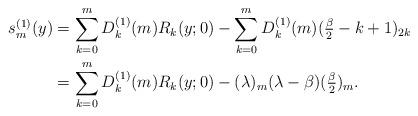
LaTeX: \begin{align*} s^{(1)}_m(y)&=\sum_{k=0}^m D^{(1)}_k(m)R_k(y;0)-\sum_{k=0}^m D^{(1)}_k(m)(\tfrac{\beta}{2}-k+1)_{2k}\\ &=\sum_{k=0}^m D^{(1)}_k(m)R_k(y;0)-(\lambda)_m(\lambda-\beta)(\tfrac{\beta}{2})_m. \end{align*}